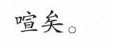
喧矣。